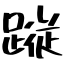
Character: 蹤